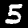
Digit: 5